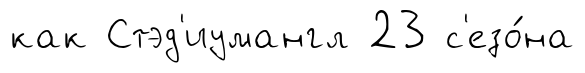
как Стэд'иумангл 23 с'езо́на